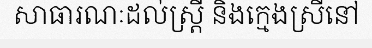
សាធារណៈដល់ស្ត្រី និងក្មេងស្រីនៅ